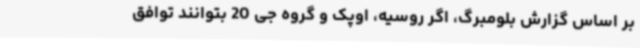
بر اساس گزارش بلومبرگ، اگر روسیه، اوپک و گروه جی 20 بتوانند توافق